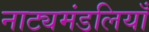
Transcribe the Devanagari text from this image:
नाट्यमंडलियाँ